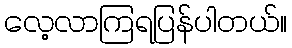
လေ့လာကြရပြန်ပါတယ်။